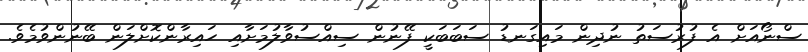
ސްނޯއަށް އެ ފުރުސަތު ނުދިން މައިގަނޑު ސަބަބަކީ ފޭނުން ސިއްސުވާލުމަށާއި ހައިރާންކޮށްލަން ބޭނުންވުމެވެ.